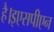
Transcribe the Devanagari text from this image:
है।इएसपीएन